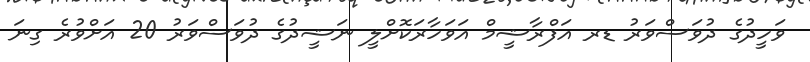
ވަހީދުގެ ދުވަސްވަރު ޑރ އަފްރާޝީމް އަވަހާރަކޮށްލީ ނަޝީދުގެ ދުވަސްވަރު 20 އަށްވުރެ ގިނަ